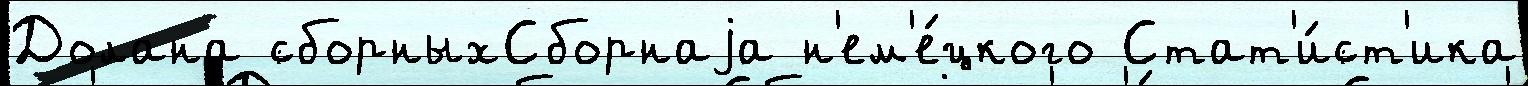
Долана сборныхСборнаjа н'ем'е́цкого Стат'и́ст'ика